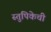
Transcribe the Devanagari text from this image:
स्तुपिकेची